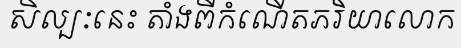
សិល្បៈនេះ តាំងពីកំណើតភរិយាលោក